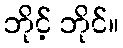
ဘိုင့် ဘိုင်။